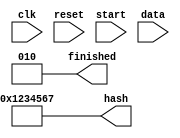
`timescale 1ns / 1ns
//////////////////////////////////////////////////////////////////////////////////
// Company:
//
// Design Name:
// Module Name:    encrypt
// Project Name:
// Target Devices:
// Tool versions:
// Description:
//
// Dependencies:
//
// Revision:
// Revision 0.01 - File Created
// Additional Comments:
//
//////////////////////////////////////////////////////////////////////////////////
module encrypt(
	       input wire 	  clk,
	       input wire 	  reset,
	       input wire [1:0]   start, // Start signal
	       input wire [31:0]  data, // Data to be hashed

	       // output reg [2:0]  finished, // Finished signal
	       // output reg [31:0] hash  // Output hashed
	       output wire [2:0]  finished, // Finished signal
	       output wire [31:0] hash  // Output hashed
	       );

   assign hash = 32'h0123_4567;
   assign finished = 3'b010;

   // always @(posedge clk) begin
   //    hash <= 32'h0123_4567;
   //    finished <= 3'b111;
   //    // finished <= 3'b010;
   // end
endmodule

//    parameter delay = 0;
//    parameter s0 = 2'b0;
//    parameter s1 = 2'b01;
//    parameter s2 = 2'b10;
//    parameter s3 = 2'b11;

//    parameter m0 = 1'b0;
//    parameter m1 = 1'b1;


//    reg [1:0] 			 curr_state, next_state;
//    reg				 curr_state1, next_state1;
//    reg [2:0] 			 stop;
//    reg [8:0] 			 read_data_addr,write_data_addr;
//    reg [1:0] 			 count,count1;

//    reg				 ack,done,inc_count,start_encrypt,write_done,we,reset_count;
//    reg				 start_encrypt1,start_encrypt2,start_encrypt3,start_encrypt4,start_write;
//    reg				 inc_key_addr,reset_key_addr;
//    reg				 inc_readdata_addr,reset_readdata_addr;
//    reg				 inc_writedata_addr,reset_writedata_addr;

//    reg [31:0] 			 encrypt_data,encrypt_data1,encrypt_data2,encrypt_data3,encrypt_data4;


//    ////////////////////////////////////////////////////////////

//    // stop and ack s/g for encrypt
//    always @(posedge clk or negedge reset) begin
//       if(!reset)
// 	stop <= #delay 3'b0;

//       else
// 	if(ack)
// 	  stop <= #delay 3'b001;			// s/g for removing start
// 	else if(done)
// 	  stop <= #delay 3'b010;			// s/g indicating encyption done
//    end

//    /////////////////////////////////////////////////////////////

//    // increment counter
//    always @(posedge clk or negedge reset) begin
//       if(!reset)
// 	count <= #delay 2'b0;

//       // COUNTER FOR READING DATA & KEY
//       else if(inc_count)
// 	count <= #delay (count + 1);

//       else if(reset_count)
// 	count <= #delay 2'b0;
//    end

//    ////////////////////////////////////////////////////////////

//    assign data_addr = (we) ? write_data_addr : read_data_addr;


//    ///////////////////////// STATE M/C FOR ENCRYPTION ///////////////////////

//    always @(posedge clk or negedge reset) begin
//       if(!reset)
// 	curr_state <= #delay s0;
//       else
// 	curr_state <= #delay next_state;
//    end


//    always @(curr_state or start or count or key_addr or read_data_addr or write_done) begin
//       ack = 1'b0;
//       done = 1'b0;
//       inc_count = 1'b0;
//       inc_key_addr = 1'b0;
//       inc_readdata_addr = 1'b0;
//       reset_readdata_addr = 1'b0;
//       reset_writedata_addr= 1'b0;
//       reset_key_addr = 1'b0;
//       start_encrypt = 1'b0;
//       reset_count = 1'b0;
//       next_state = s0;

//       case(curr_state)

// 	s0: begin
// 	   if(start == 2'b01) begin
// 	      ack = 1'b1;
// 	      inc_count = 1'b1;
// 	      inc_key_addr = 1'b1;
// 	      inc_readdata_addr = 1'b1;
// 	      next_state = s1;
// 	   end
// 	   else
// 	     next_state = s0;
// 	end


// 	s1: begin
// 	   if(count == 2'b11) begin
// 	      start_encrypt = 1'b1;
// 	      next_state = s2;
// 	   end
// 	   else begin
// 	      inc_count = 1'b1;
// 	      inc_key_addr = 1'b1;
// 	      inc_readdata_addr = 1'b1;
// 	      start_encrypt = 1'b1;
// 	      next_state = s1;
// 	   end
// 	end


// 	s2: begin
// 	   start_encrypt = 1'b1;
// 	   next_state = s3;
// 	end


// 	s3: begin
// 	   if(write_done) begin
// 	      reset_readdata_addr = 1'b1;
// 	      reset_writedata_addr = 1'b1;
// 	      reset_key_addr = 1'b1;
// 	      done = 1'b1;
// 	      reset_count = 1'b1;
// 	      next_state = s0;
// 	   end
// 	   else
// 	     next_state = s3;
// 	end



// 	default: begin
// 	   ack = 1'b0;
// 	   inc_count = 1'b0;
// 	   inc_key_addr = 1'b0;
// 	   inc_readdata_addr = 1'b0;
// 	   start_encrypt = 1'b0;
// 	   reset_readdata_addr = 1'b0;
// 	   reset_writedata_addr = 1'b0;
// 	   reset_key_addr = 1'b0;
// 	   reset_count = 1'b0;
// 	   done = 1'b0;
// 	   next_state = s0;
// 	end
//       endcase
//    end


//    always @(posedge clk or negedge reset) begin
//       if(!reset)
// 	count1 <= #delay 2'b0;
//       else
// 	count1 <= #delay count;
//    end


//    //  XOR OF DATA AND KEY
//    always @(posedge clk or negedge reset) begin
//       if(!reset)
// 	encrypt_data1 <= #delay 32'h0;
//       else if(start_encrypt) begin
// 	 case(count1)
// 	   2'b00: encrypt_data1 <= #delay (key_in + data_in);
// 	   2'b01: encrypt_data1 <= #delay (key_in & data_in);
// 	   2'b10: encrypt_data1 <= #delay (data_in - key_in);
// 	   2'b11: encrypt_data1 <= #delay (key_in ^ data_in);
// 	   default: encrypt_data1 <= #delay encrypt_data1;
// 	 endcase
//       end
//    end

//    /////////////////// STATE M/C FOR STORING RESULT IN MEMORY /////////////////

//    always @(posedge clk or negedge reset) begin
//       if(!reset)
// 	curr_state1 <= #delay m0;
//       else
// 	curr_state1 <= #delay next_state1;
//    end

//    always @(curr_state1 or start_write or start_encrypt4) begin
//       we = 1'b0;
//       inc_writedata_addr = 1'b0;
//       write_done = 1'b0;
//       next_state1 = m0;

//       case(curr_state1)

// 	m0: begin
// 	   if(start_write) begin
// 	      we = 1'b1;
// 	      inc_writedata_addr = 1'b1;
// 	      next_state1 = m1;
// 	   end
// 	   else
// 	     next_state1 = m0;
// 	end

// 	m1: begin
// 	   if(!start_encrypt4) begin
// 	      write_done = 1'b1;
// 	      we = 1'b1;
// 	      next_state1 = m0;
// 	   end
// 	   else begin
// 	      we = 1'b1;
// 	      inc_writedata_addr = 1'b1;
// 	      next_state1 = m1;
// 	   end
// 	end

// 	default: begin
// 	   we = 1'b0;
// 	   write_done = 1'b0;
// 	   inc_writedata_addr = 1'b0;
// 	   next_state1 = m0;
// 	end
//       endcase
//    end


//    always @(posedge clk or negedge reset) begin
//       if(!reset)
// 	start_encrypt1 <= #delay 1'b0;
//       else
// 	start_encrypt1 <= #delay start_encrypt;
//    end

//    always @(posedge clk or negedge reset) begin
//       if(!reset)
// 	start_encrypt2 <= #delay 1'b0;
//       else
// 	start_encrypt2 <= #delay start_encrypt1;
//    end

//    always @(posedge clk or negedge reset) begin
//       if(!reset)
// 	start_encrypt3 <= #delay 1'b0;
//       else
// 	start_encrypt3 <= #delay start_encrypt2;
//    end

//    always @(posedge clk or negedge reset) begin
//       if(!reset)
// 	start_encrypt4 <= #delay 1'b0;
//       else
// 	start_encrypt4 <= #delay start_encrypt3;
//    end

//    always @(posedge clk or negedge reset) begin
//       if(!reset)
// 	start_write <= #delay 1'b0;
//       else
// 	start_write <= #delay start_encrypt4;
//    end

//    //////////////////////////////////////////////////

//    always @(posedge clk or negedge reset) begin
//       if(!reset)
// 	encrypt_data2 <= #delay 32'b0;
//       else
// 	encrypt_data2 <= #delay encrypt_data1;
//    end

//    always @(posedge clk or negedge reset) begin
//       if(!reset)
// 	encrypt_data3 <= #delay 32'b0;
//       else
// 	encrypt_data3 <= #delay encrypt_data2;
//    end

//    always @(posedge clk or negedge reset) begin
//       if(!reset)
// 	encrypt_data4 <= #delay 32'b0;
//       else
// 	encrypt_data4 <= #delay encrypt_data3;
//    end

//    always @(posedge clk or negedge reset) begin
//       if(!reset)
// 	encrypt_data <= #delay 32'b0;
//       else
// 	encrypt_data <= #delay encrypt_data4;
//    end
// endmodule